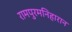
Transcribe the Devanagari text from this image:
रामपुरमनिहारान